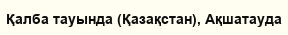
Қалба тауында (Қазақстан), Ақшатауда